Annual report of lunatic asylums [Bombay] - 1912-1922
Year: 1912
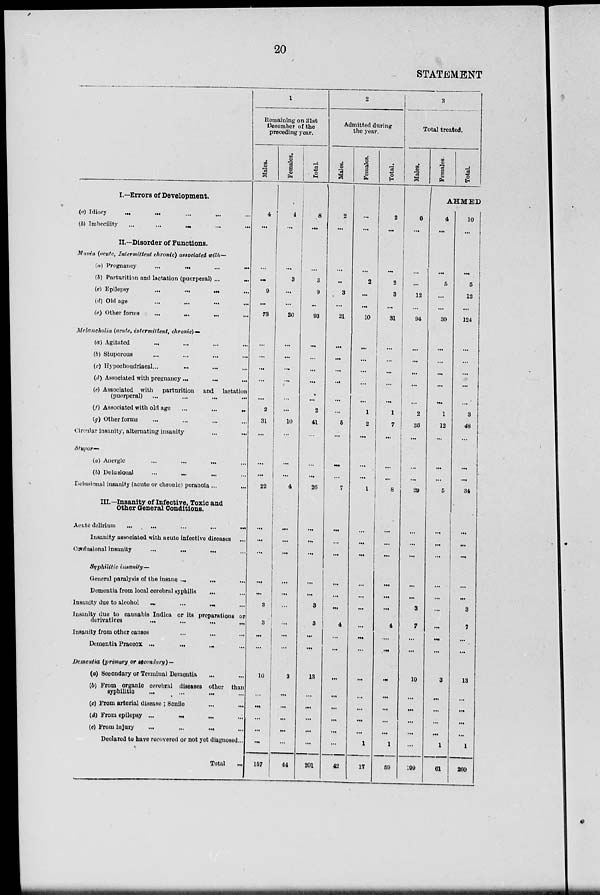
20
STATEMENT
I.—Errors of Development.
(a) Idiocy
...
...
...
...
...
(b) Imbecility ... ... ... ... ...
II.—Disorder of Functions.
Mania (acute, Intermittent chronic) associated with—
(a) Pregnancy
...
...
...
...
(b) Parturition and lactation (puerperal) ...
...
(c) Epilepsy ... ... ... ...
(e) Old age ... ... ... ...
(e) Other forms
...
...
...
...
Melancholia (acute, intermittent, chronic) —
(a) Agitated ... ... ... ...
(b) Stuporous
...
...
...
...
(c) Hypochondriacal ... ... ... ...
(d) Associated with pregnancy
...
...
...
(e) Associated with parturition and lactation
(puerperal) ... ... ... ...
(f) Associated with old age
...
...
...
(g) Other forms ... ... ... ...
Circular insanity, alternating insanity ... ...
Stupor—
(a) Anergic ... ... ... ...
(b) Delusional ... ... ... ...
Delusional insanity (acute or chronic) peranoia ... ...
III.—Insanity of Infective, Toxic and
Other General Conditions.
Acute delirium
...
...
...
...
...
Insanity associated with acute infective diseases ...
Confusional insanity
...
...
...
...
Syphilitic insanity—
General paralysis of the insane ... ... ...
Dementia from local cerebral syphilis ... ...
Insanity due to alcohol
...
...
...
...
Insanity due to cannabis Indica or its preparations or
derivatives ... ... ... ...
Insanity from other causes
...
...
...
Domentia Praecox
...
...
...
...
Dementia (primary or secondary) —
(a) Secondary or Terminal Dementia ... ...
(b) From organic cerebral diseases other than
syphilitic
...
...
...
...
(c) From arterial disease; Senile ... ...
(d) From epilepsy
...
...
...
...
(e) From injury
...
...
...
...
Declared to have recovered or not yet diagnosed ...
Total ...
1
Remaining on 31st
December of the
preceding year.
Males.
4
...
...
...
9
...
73
...
...
...
...
...
2
31
...
...
...
22
...
...
...
...
...
3
3
...
...
10
...
...
...
...
...
157
Females.
4
...
...
3
...
...
20
...
...
...
...
...
...
10
...
...
...
4
...
...
...
...
...
...
...
...
...
3
...
...
...
...
...
44
Total.
8
...
...
3
9
...
93
...
...
...
...
...
2
41
...
...
...
26
...
...
...
...
...
3
3
...
...
13
...
...
...
...
...
201
2
Admitted during
the year.
Males.
2
...
...
...
3
...
21
...
...
...
...
...
...
5
...
...
...
7
...
...
...
...
...
...
4
...
...
...
...
...
...
...
...
42
Females.
...
...
...
2
...
...
10
...
...
...
...
...
1
2
...
...
...
1
...
...
...
...
...
...
...
...
...
...
...
...
...
...
1
17
Total.
2
...
...
2
3
...
31
...
...
...
...
...
1
7
...
...
...
8
...
...
...
...
...
...
4
...
...
...
...
...
...
...
1
59
3
Total treated.
Males.
6
...
...
...
12
...
94
...
...
...
...
...
2
36
...
...
...
29
...
...
...
...
...
3
7
...
...
10
...
...
...
...
...
199
Females.
Total.
AHMED
4
...
...
5
...
...
30
...
...
...
...
...
1
12
...
...
...
5
...
...
...
...
...
...
...
...
...
3
...
...
...
...
1
61
10
...
...
5
12
...
124
...
...
...
...
...
3
48
...
...
...
34
...
...
...
...
3
7
...
...
13
...
...
...
...
1
260